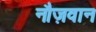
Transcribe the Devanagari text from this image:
नौज़वान